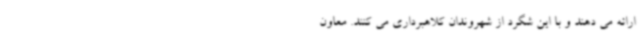
ارائه می دهند و با این شگرد از شهروندان کلاهبرداری می کنند. معاون